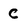
Character: C